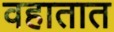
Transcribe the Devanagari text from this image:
वहातात